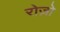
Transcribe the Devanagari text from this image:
रोज़ो